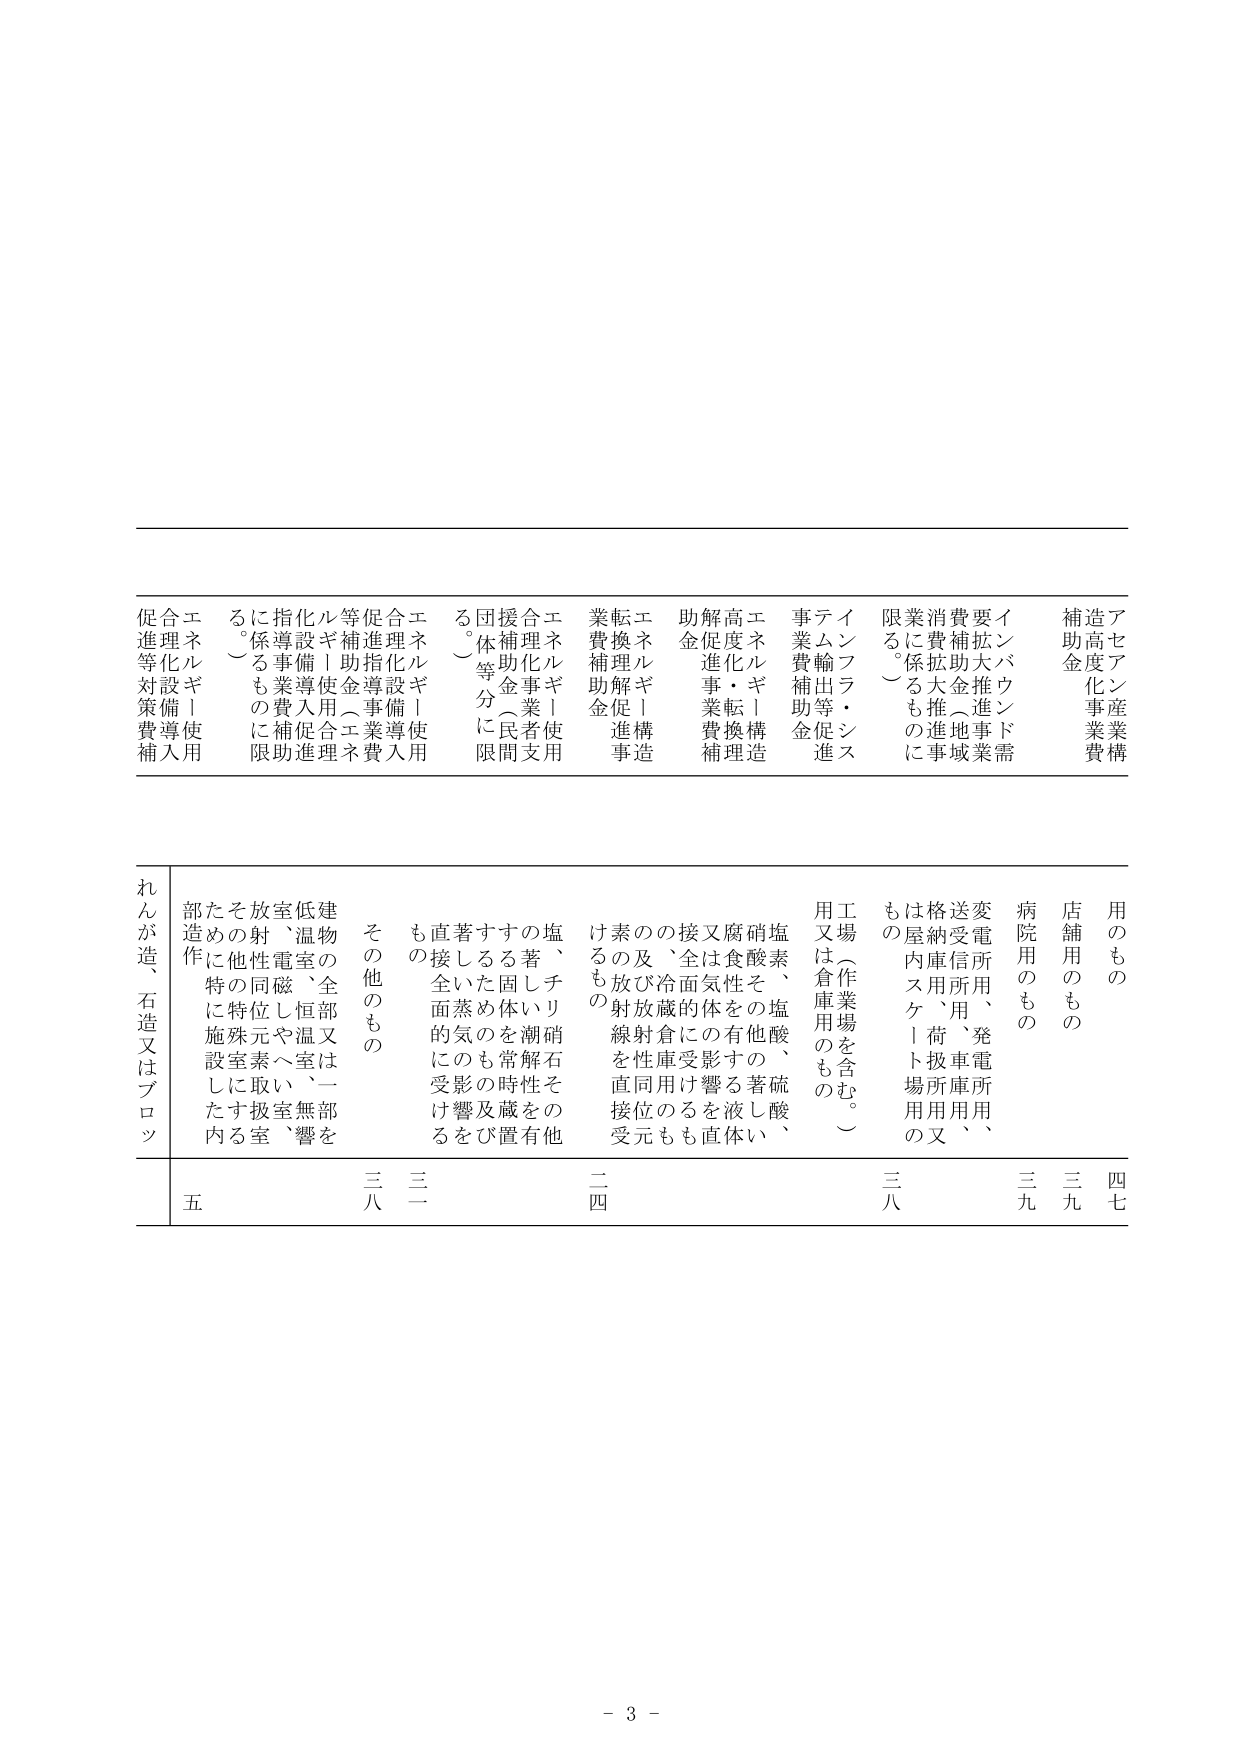
アセアン産業構造高度化事業費補助金
インバウンド需要拡大推進事業費補助金（地域振興拡大推進事業に係るものに限る。）
イムフラ・システム輸出等促進事業費補助金
高度化・ギー構造転換促進事業費補助金
解体促進事業費補助金
エネルギー転換構造転換促進事業費補助金
エネルギー事業者使用合理化事業費補助金（民間団体等に限る。）
エネルギー導入用合理化設備促進等補助金（事業者使用等補助金に係るもののうち、エネルギー導入用合理化設備促進事業に係るものに限る。）
エネルギー導入用合理化設備促進等補助金（事業者使用等補助金に係るもののうち、エネルギー導入用合理化設備促進事業に係るものに限る。）
エネルギー導入用合理化設備促進等補助金（事業者使用等補助金に係るもののうち、エネルギー導入用合理化設備促進事業に係るものに限る。）
用のもの
店舗用のもの
病院用のもの
工場（作業場を含む。）用又は倉庫用のもの
塩素、塩酸、硫酸、硝酸その他の腐食性を有する液体又は気体の影響を受ける、全面冷蔵倉庫用のもの、及び放射性同位元素もしくは放射線を直接受けるもの
塩、チリ硝石その他の著しく潮解性を有する固形体を常時置く、又は全面蒸気の影響を受けるもの
建物の全部又は一部を低温、恒温、無響室、電磁波遮蔽室等に特別な施設をした室内のもの
その他もの
れんが造、石造又はブロッ
五
三八
三一
二四
三八
三九
三九
四七